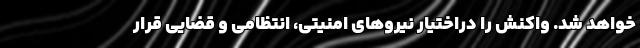
خواهد شد. واكنش را دراختيار نيروهاي امنيتي، انتظامي و قضايي قرار